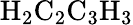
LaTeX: \mathrm{H}_{2}\mathrm{C}_{2}\mathrm{C}_{3}\mathrm{H}_{3}